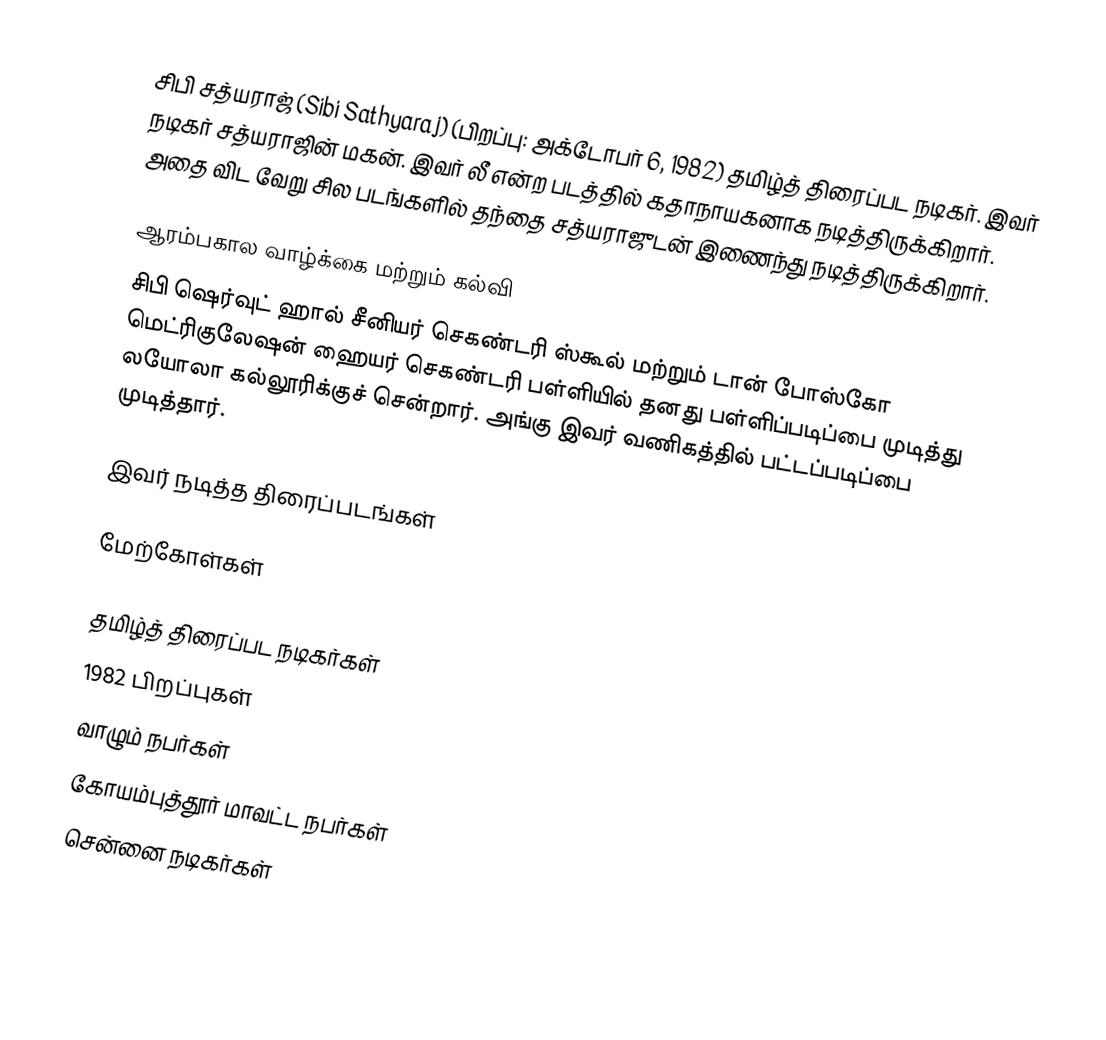
சிபி சத்யராஜ் (Sibi Sathyaraj) (பிறப்பு: அக்டோபர் 6, 1982) தமிழ்த் திரைப்பட நடிகர். இவர் நடிகர் சத்யராஜின் மகன். இவர் லீ என்ற படத்தில் கதாநாயகனாக நடித்திருக்கிறார். அதை விட வேறு சில படங்களில் தந்தை சத்யராஜுடன் இணைந்து நடித்திருக்கிறார்.

ஆரம்பகால வாழ்க்கை மற்றும் கல்வி
சிபி ஷெர்வுட் ஹால் சீனியர் செகண்டரி ஸ்கூல் மற்றும் டான் போஸ்கோ மெட்ரிகுலேஷன் ஹையர் செகண்டரி பள்ளியில் தனது பள்ளிப்படிப்பை முடித்து லயோலா கல்லூரிக்குச் சென்றார். அங்கு இவர் வணிகத்தில் பட்டப்படிப்பை முடித்தார்.

இவர் நடித்த திரைப்படங்கள்

மேற்கோள்கள்

தமிழ்த் திரைப்பட நடிகர்கள்
1982 பிறப்புகள்
வாழும் நபர்கள்
கோயம்புத்தூர் மாவட்ட நபர்கள்
சென்னை நடிகர்கள்